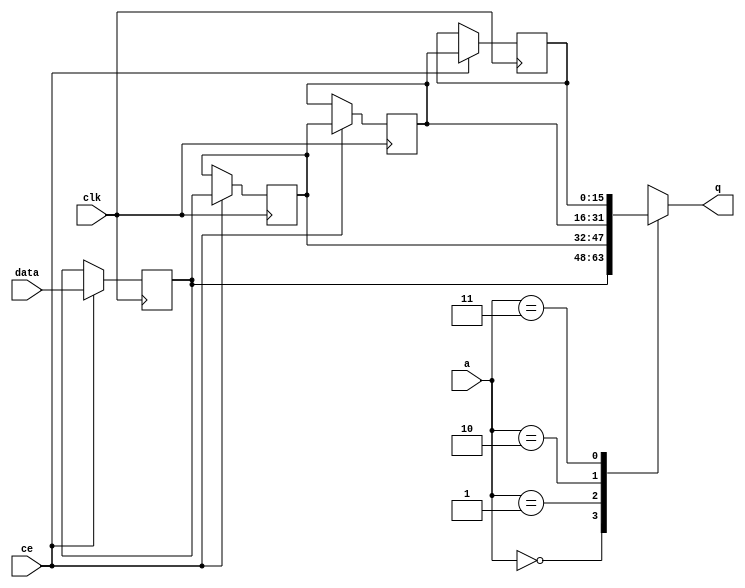
module fifo_w16_d3_A_shiftReg (
    clk,
    data,
    ce,
    a,
    q);
parameter DATA_WIDTH = 32'd16;
parameter ADDR_WIDTH = 32'd2;
parameter DEPTH = 32'd4;
input clk;
input [DATA_WIDTH-1:0] data;
input ce;
input [ADDR_WIDTH-1:0] a;
output [DATA_WIDTH-1:0] q;
reg[DATA_WIDTH-1:0] SRL_SIG [0:DEPTH-1];
integer i;
always @ (posedge clk)
    begin
        if (ce)
        begin
            for (i=0;i<DEPTH-1;i=i+1)
                SRL_SIG[i+1] <= SRL_SIG[i];
            SRL_SIG[0] <= data;
        end
    end
assign q = SRL_SIG[a];
endmodule